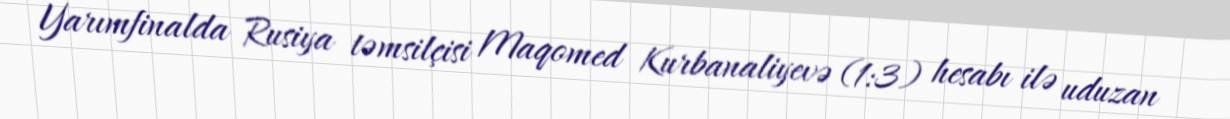
Yarımfinalda Rusiya təmsilçisi Maqomed Kurbanaliyevə (1:3) hesabı ilə uduzan